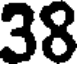
38